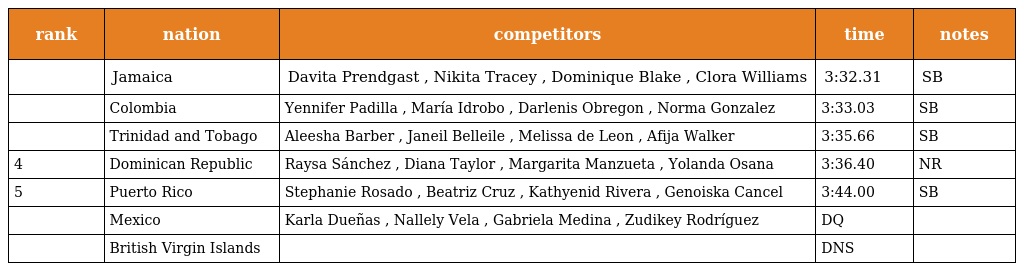
| rank | nation | competitors | time | notes |
 | --- | --- | --- | --- | --- |
 |  | Jamaica | Davita Prendgast , Nikita Tracey , Dominique Blake , Clora Williams | 3:32.31 | SB |
 |  | Colombia | Yennifer Padilla , María Idrobo , Darlenis Obregon , Norma Gonzalez | 3:33.03 | SB |
 |  | Trinidad and Tobago | Aleesha Barber , Janeil Belleile , Melissa de Leon , Afija Walker | 3:35.66 | SB |
 | 4 | Dominican Republic | Raysa Sánchez , Diana Taylor , Margarita Manzueta , Yolanda Osana | 3:36.40 | NR |
 | 5 | Puerto Rico | Stephanie Rosado , Beatriz Cruz , Kathyenid Rivera , Genoiska Cancel | 3:44.00 | SB |
 |  | Mexico | Karla Dueñas , Nallely Vela , Gabriela Medina , Zudikey Rodríguez | DQ |  |
 |  | British Virgin Islands |  | DNS |  |